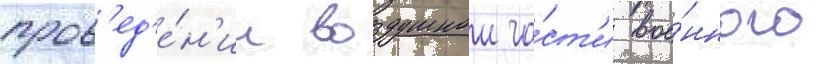
пров'ед'е́н'ии воздушнои ча́ст'и вое́нного